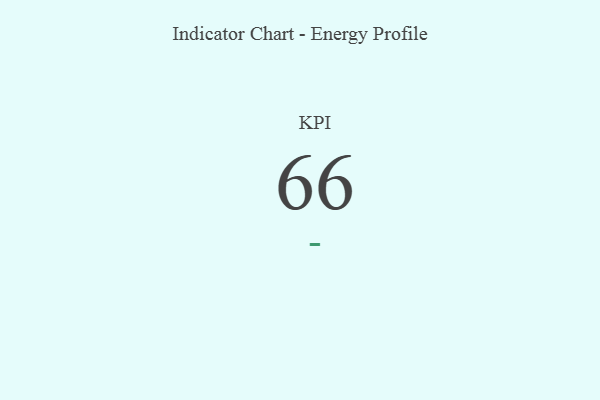
{"axis": {"x": "KPI", "y": "Value"}, "legend": [""], "data": [{"x": "KPI", "y": 66, "type": ""}]}